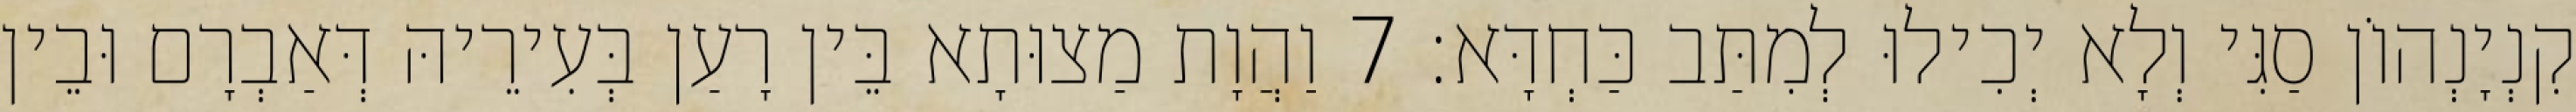
קִנְיָנְהוֹן סַגִּי וְלָא יְכִילוּ לְמִתַּב כַּחְדָּא׃ 7 וַהֲוָת מַצוּתָא בֵּין רָעַן בְּעִירֵיהּ דְּאַבְרָם וּבֵין